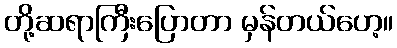
တို့ဆရာကြီးပြောတာ မှန်တယ်ဟေ့။